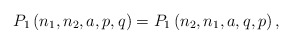
\begin{align*}P_{1}\left(n_{1},n_{2},a,p,q\right)=P_{1}\left(n_{2},n_{1},a,q,p\right),\,\end{align*}